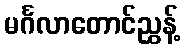
မင်္ဂလာတောင်ညွှန့်